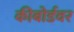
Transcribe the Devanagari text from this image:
कीबोर्डवर